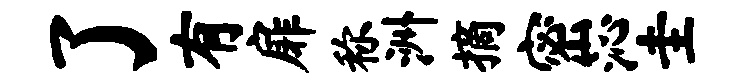
了有扉称洲摘密沁圭